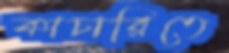
কাচারিতে